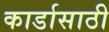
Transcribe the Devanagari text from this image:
कार्डासाठी